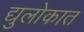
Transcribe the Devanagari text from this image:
द्युलोकात